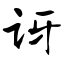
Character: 讶